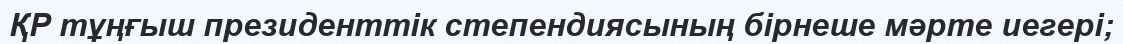
ҚР тұңғыш президенттік степендиясының бірнеше мәрте иегері;